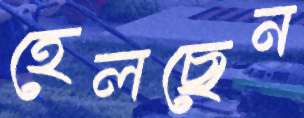
হেলছেন